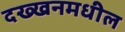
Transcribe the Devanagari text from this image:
दख्खनमधील